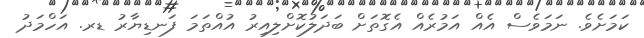
ކަަމަށެވެ. ނަމަވެސް އެއް އަމުރެއް އެގޮތަށް ބަދަލުކޮށްލިއިރު އުއްތަމަ ފަނޑިޔާރު ޑރ. އަހްމަދު